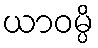
ယာဝမ္ပိ